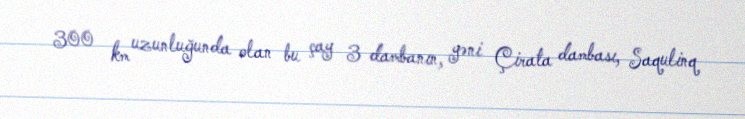
300 km uzunluğunda olan bu çay 3 dambanın, yəni Çirata dambası, Saqulinq